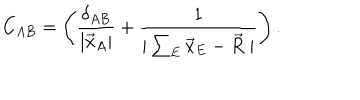
LaTeX: C _ { A B } = \left( \frac { \delta _ { A B } } { | \vec { x } _ { A } | } + \frac { 1 } { | \sum _ { E } \vec { x } _ { E } - \vec { R } \; | } \right) .